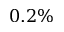
0 . 2 \%